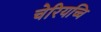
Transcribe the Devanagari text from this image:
चेरियच्चि